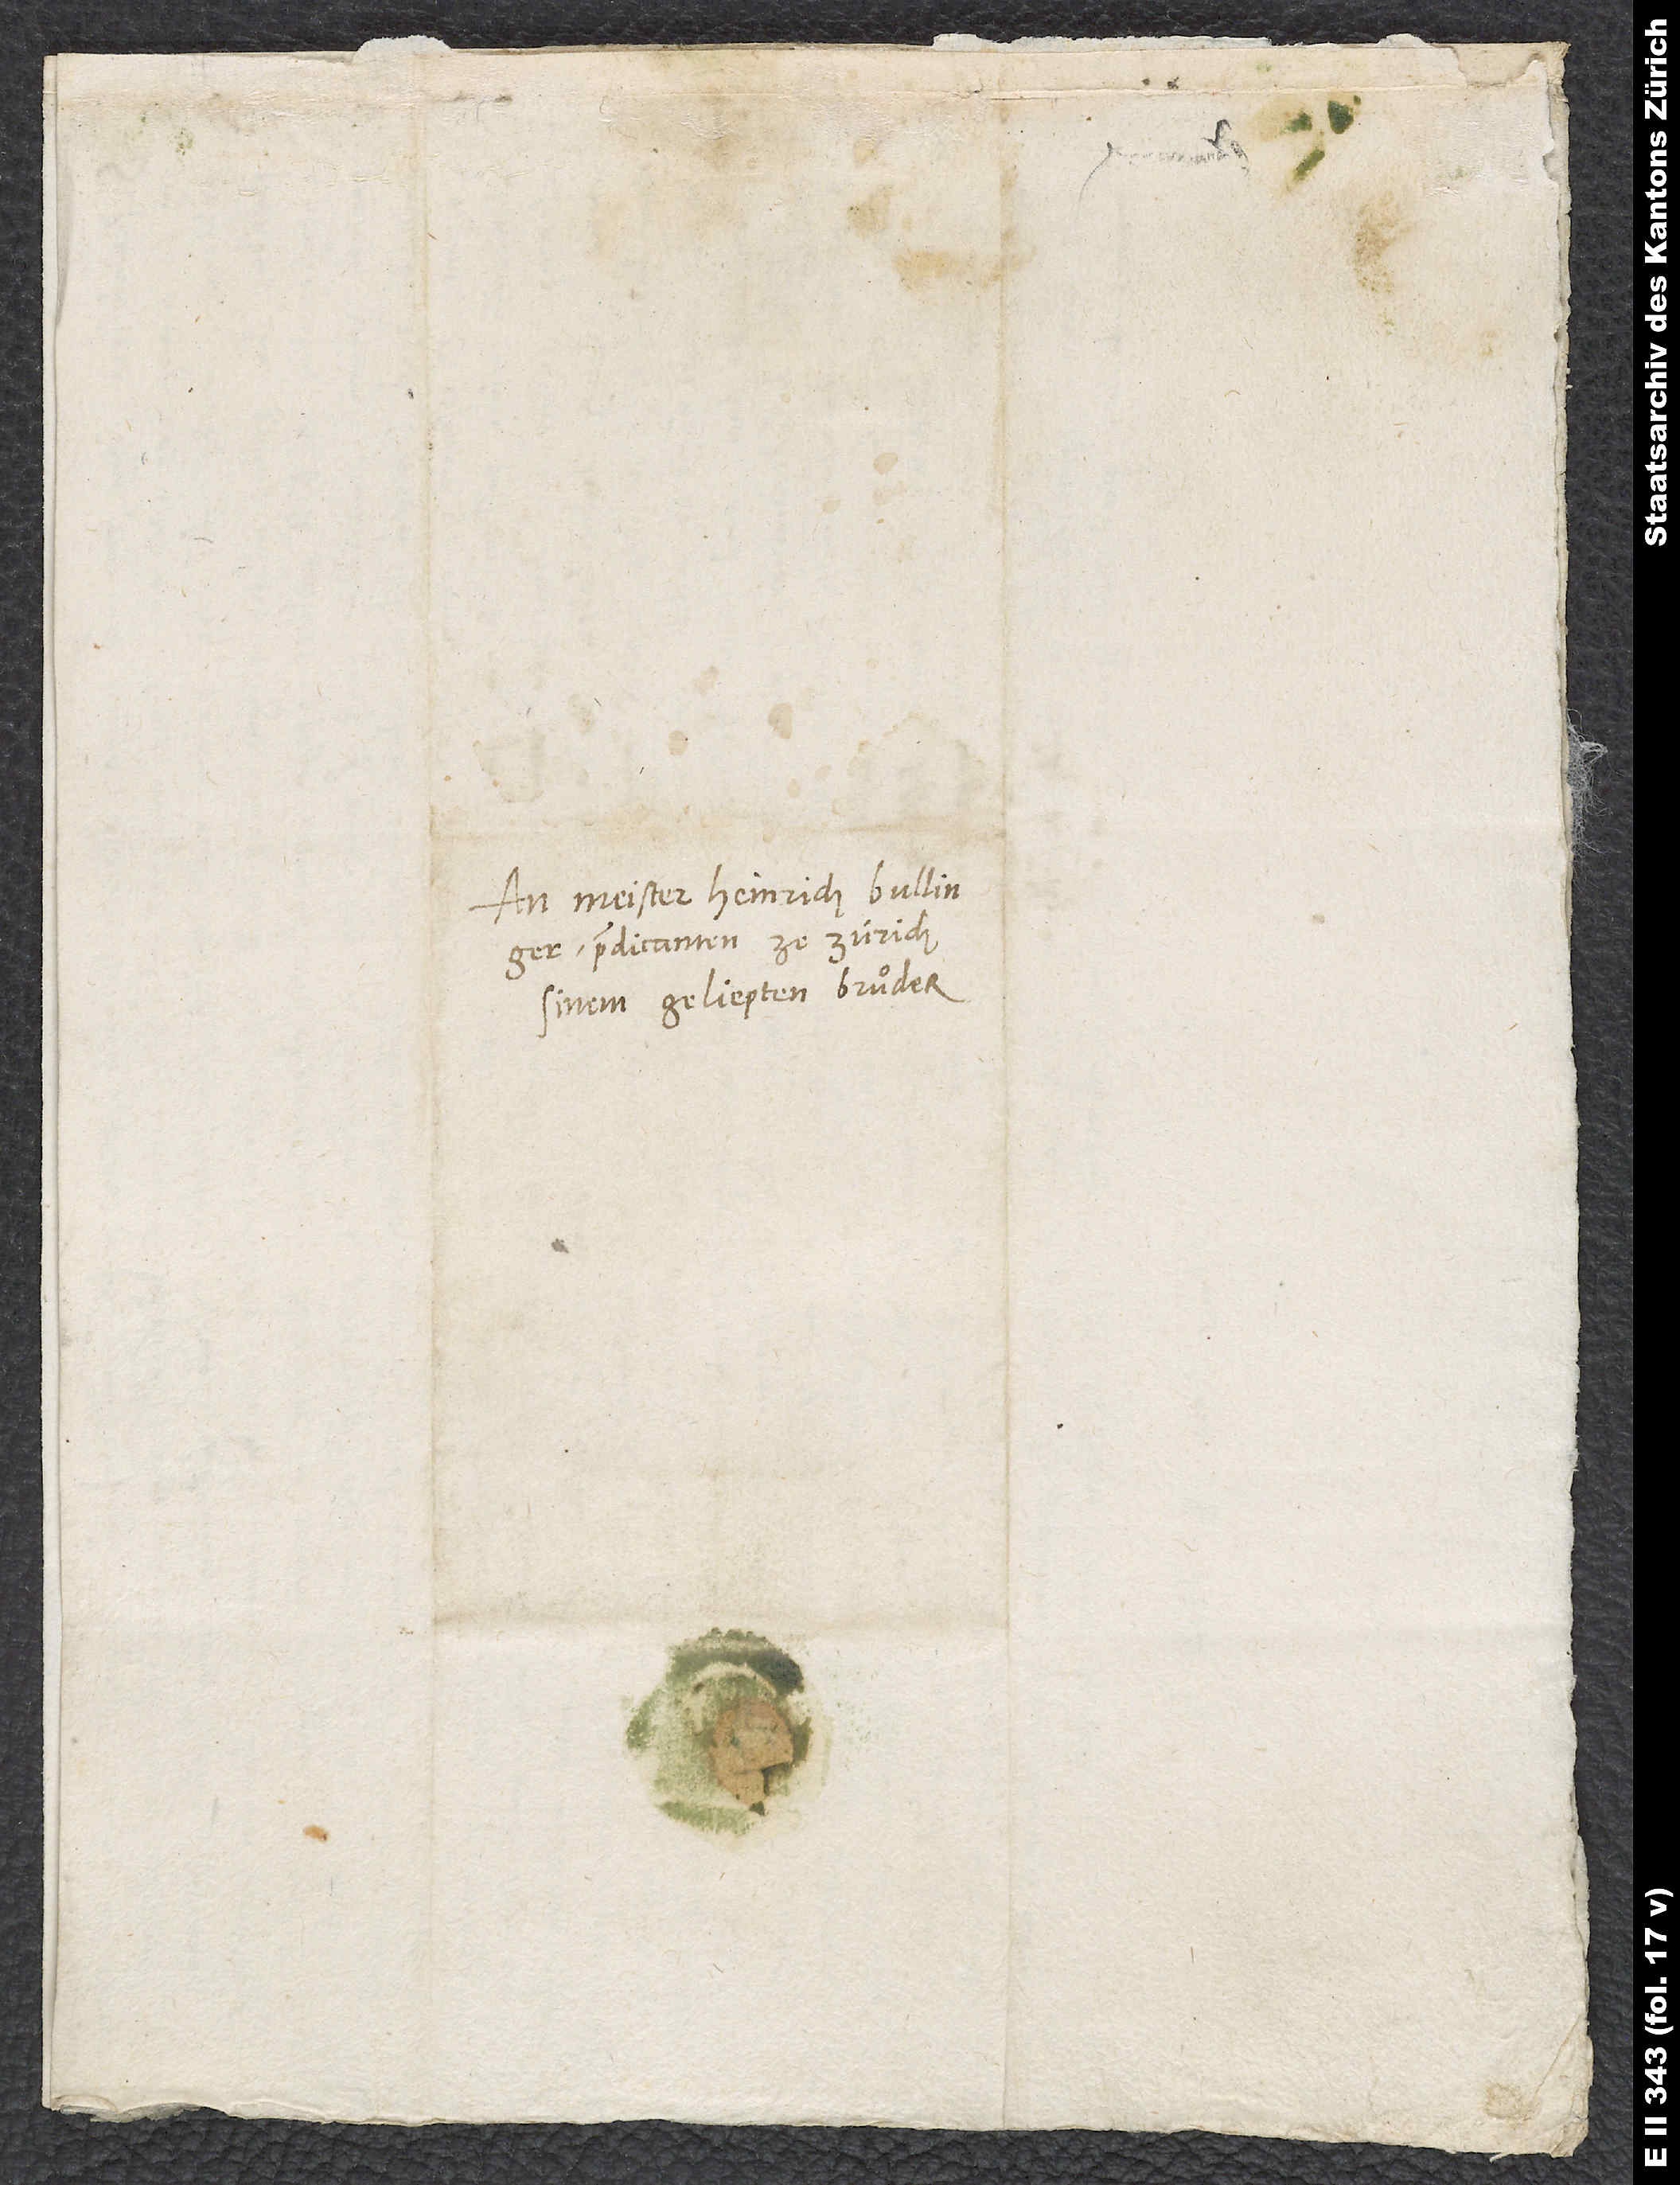
An Meister Heinrich Bullinger,
predicanten ze Zürich,
sinem geliepten bruͦder.